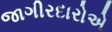
જાગીરદારોએ